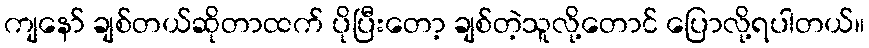
ကျနော် ချစ်တယ်ဆိုတာထက် ပိုပြီးတော့ ချစ်တဲ့သူလို့တောင် ပြောလို့ရပါတယ်။